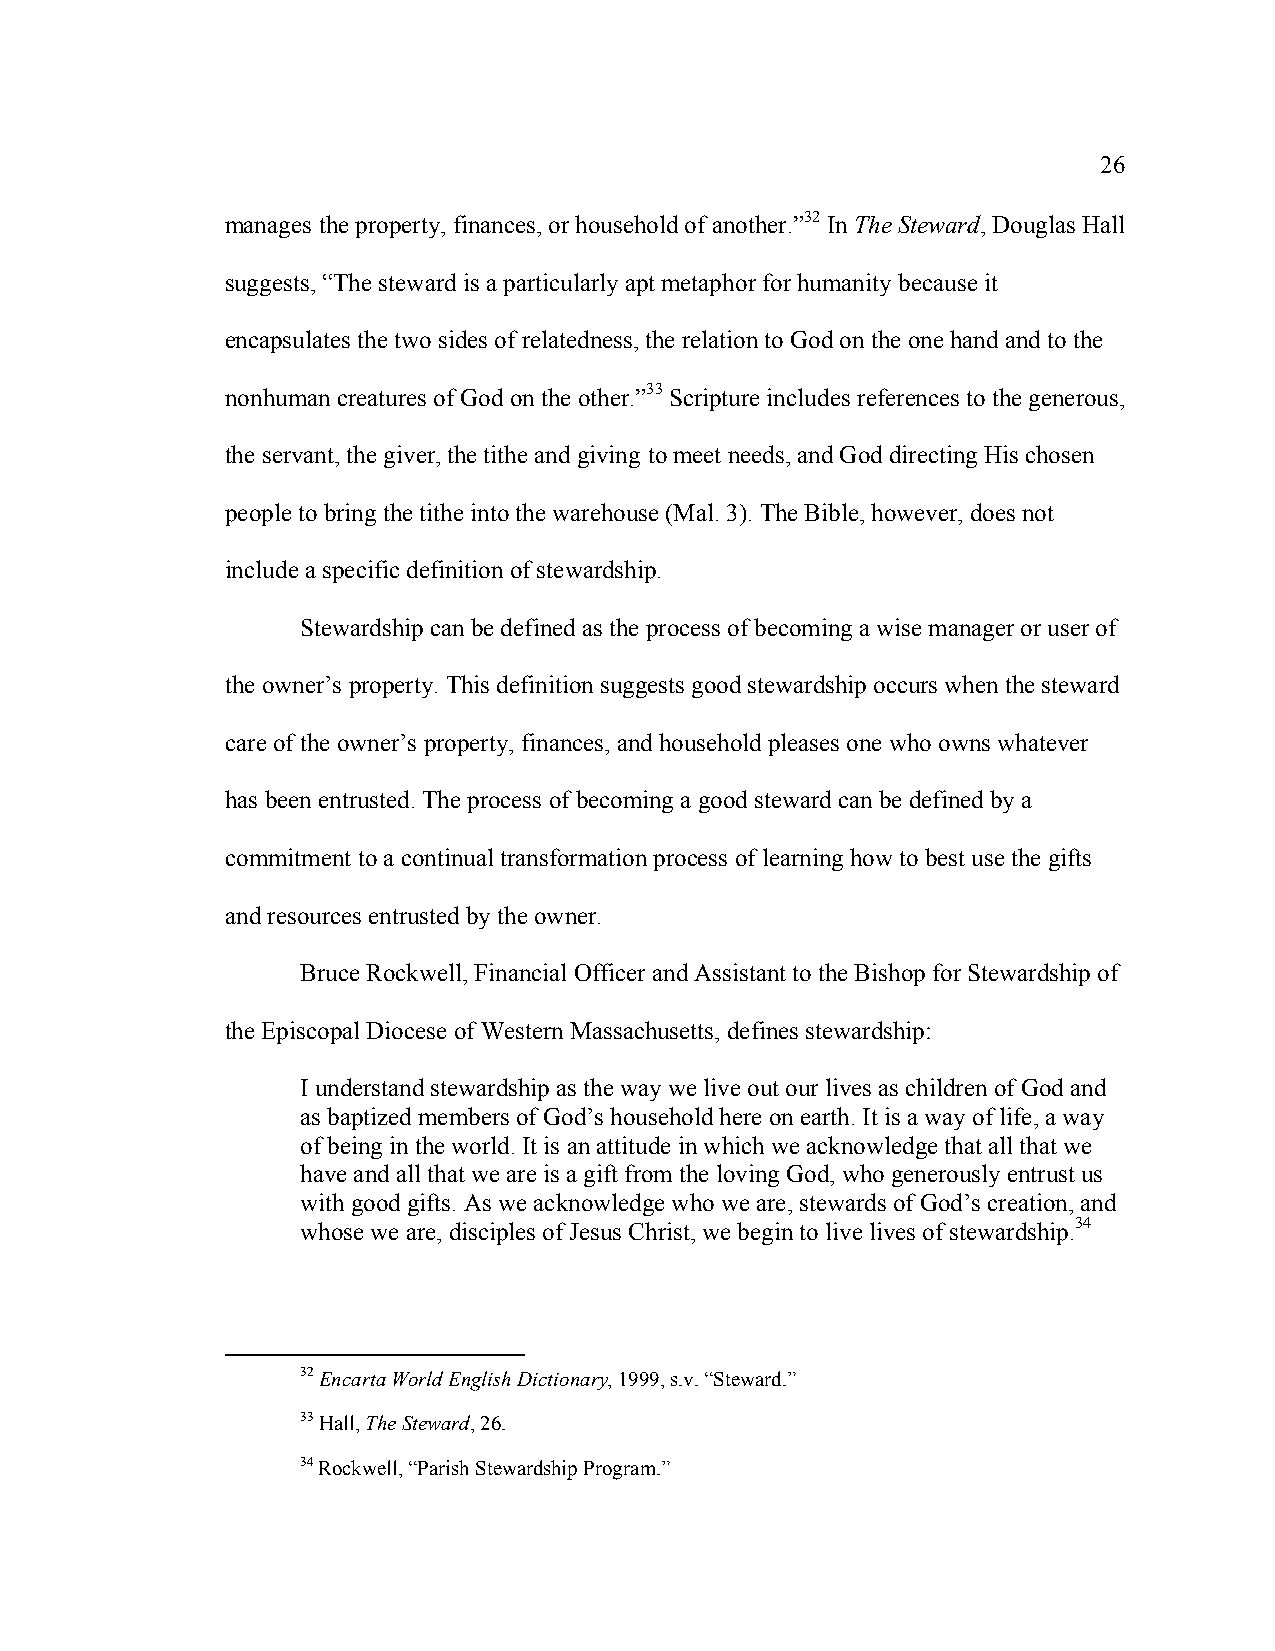
26
 manages the property, finances, or household of another.”32 In The Steward, Douglas Hall
 suggests, “The steward is a particularly apt metaphor for humanity because it
 encapsulates the two sides of relatedness, the relation to God on the one hand and to the
 nonhuman creatures of God on the other.”33 Scripture includes references to the generous,
 the servant, the giver, the tithe and giving to meet needs, and God directing His chosen
 people to bring the tithe into the warehouse (Mal. 3). The Bible, however, does not
 include a specific definition of stewardship.
 Stewardship can be defined as the process of becoming a wise manager or user of
 the owner’s property. This definition suggests good stewardship occurs when the steward
 care of the owner’s property, finances, and household pleases one who owns whatever
 has been entrusted. The process of becoming a good steward can be defined by a
 commitment to a continual transformation process of learning how to best use the gifts
 and resources entrusted by the owner.
 Bruce Rockwell, Financial Officer and Assistant to the Bishop for Stewardship of
 the Episcopal Diocese of Western Massachusetts, defines stewardship:
 I understand stewardship as the way we live out our lives as children of God and
 as baptized members of God’s household here on earth. It is a way of life, a way
 of being in the world. It is an attitude in which we acknowledge that all that we
 have and all that we are is a gift from the loving God, who generously entrust us
 with good gifts. As we acknowledge who we are, stewards of God’s creation, and
 whose we are, disciples of Jesus Christ, we begin to live lives of stewardship.34
 32 Encarta World English Dictionary, 1999, s.v. “Steward.”
 33 Hall, The Steward, 26.
 34 Rockwell, “Parish Stewardship Program.”